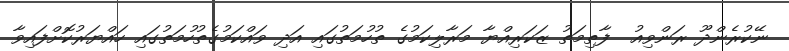
ނޭކުރެންދޫ ރަންވިއު  ފާތިމަތު ޒަކަރިއްޔާ މަރާލިކަމުގެ ތުހުމަތުގައި އަދި ވައްކަމުގެތުހުމަތުގައި ހައްޔަރުކޮށްފައިވާ